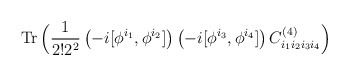
\begin{align*}\hbox{Tr}\,\Big( {\frac{1}{ 2! 2^2}}\left(-i[\phi^{i_1},\phi^{i_2}]\right)\left(-i[\phi^{i_3},\phi^{i_4}]\right) C^{(4)}_{i_1 i_2 i_3 i_4}\Big)\end{align*}